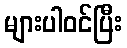
များပါဝင်ပြီး